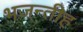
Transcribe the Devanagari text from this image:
भजन्तीह